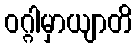
ဝဂ္ဂါမှာယျာတိ